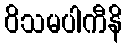
ဝိသမပါကီနိ